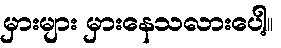
မှားများ မှားနေသလားပေါ့။